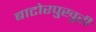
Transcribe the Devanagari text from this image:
बाटोरपुखुरी